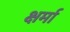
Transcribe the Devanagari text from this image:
क्षर्मा